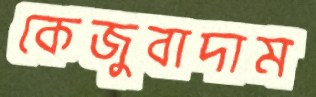
কেজুবাদাম